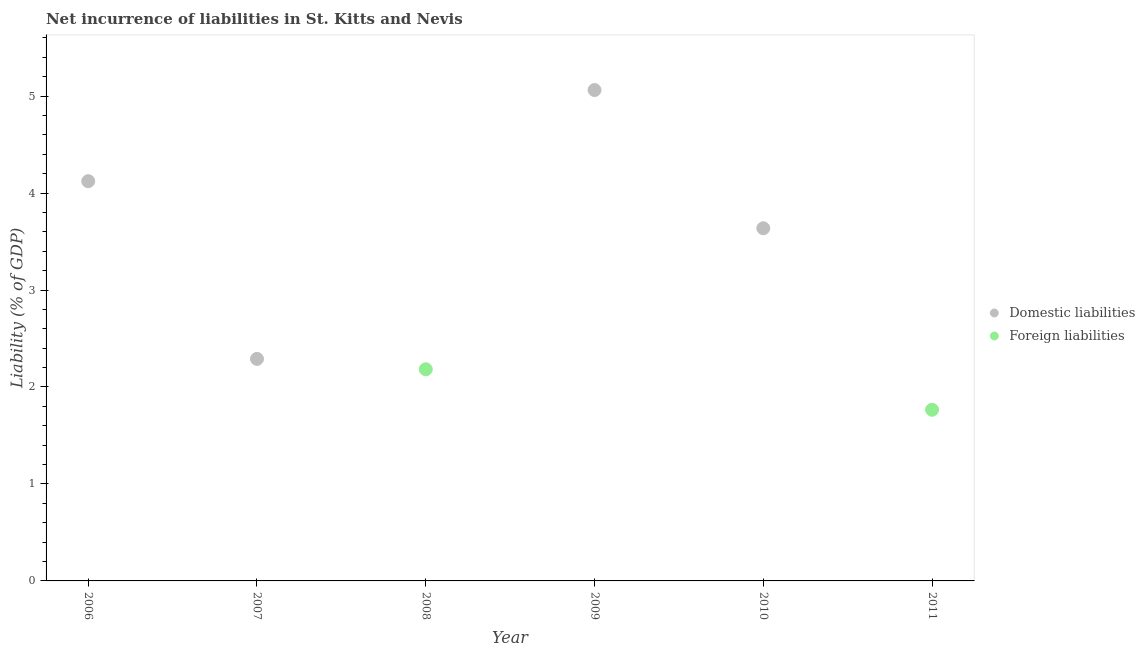
| Year | Domestic liabilities | Foreign liabilities |
 | --- | --- | --- |
 | 2006 | 4.12 | -2.53 |
 | 2007 | 2.29 | -2.49 |
 | 2008 | -2.48 | 2.18 |
 | 2009 | 5.06 | -1.48 |
 | 2010 | 3.64 | -1.41 |
 | 2011 | -6.31 | 1.77 |